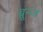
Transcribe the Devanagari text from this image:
ब्रून्ज